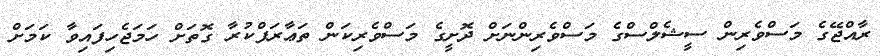
ރާއްޖޭގެ މަސްވެރިން ސީޝެލްސްގެ މަސްވެރިންނަށް ދޮށީގެ މަސްވެރިކަން ތަޢާރަފްކުރާ ގޮތަށް ހަމަޖެހިފައިވާ ކަމަށް